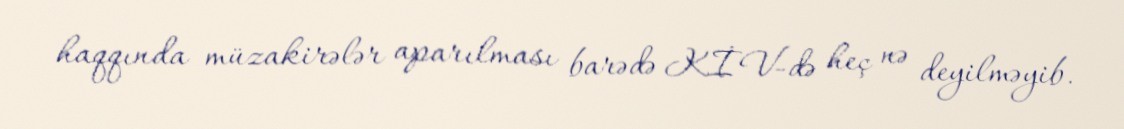
haqqında müzakirələr aparılması barədə KİV-də heç nə deyilməyib.